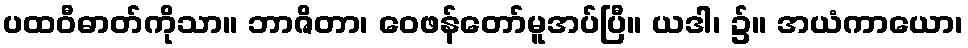
ပထဝီဓာတ်ကိုသာ။ ဘာဇိတာ၊ ဝေဖန်တော်မူအပ်ပြီ။ ယဒါ၊ ၌။ အယံကာယော၊